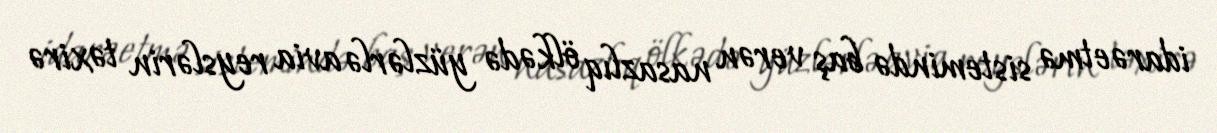
idarəetmə sistemində baş verən nasazlıq ölkədə yüzlərlə avia reyslərin təxirə